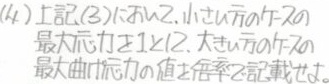
(4) 上記(3)において, 小さい方の最大応力と, 大きい方の最大曲げ応力の値を併記する.